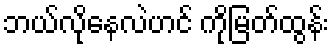
ဘယ်လိုနေလဲဟင် ကိုမြတ်ထွန်း